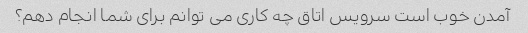
آمدن خوب است سرویس اتاق چه کاری می توانم برای شما انجام دهم؟